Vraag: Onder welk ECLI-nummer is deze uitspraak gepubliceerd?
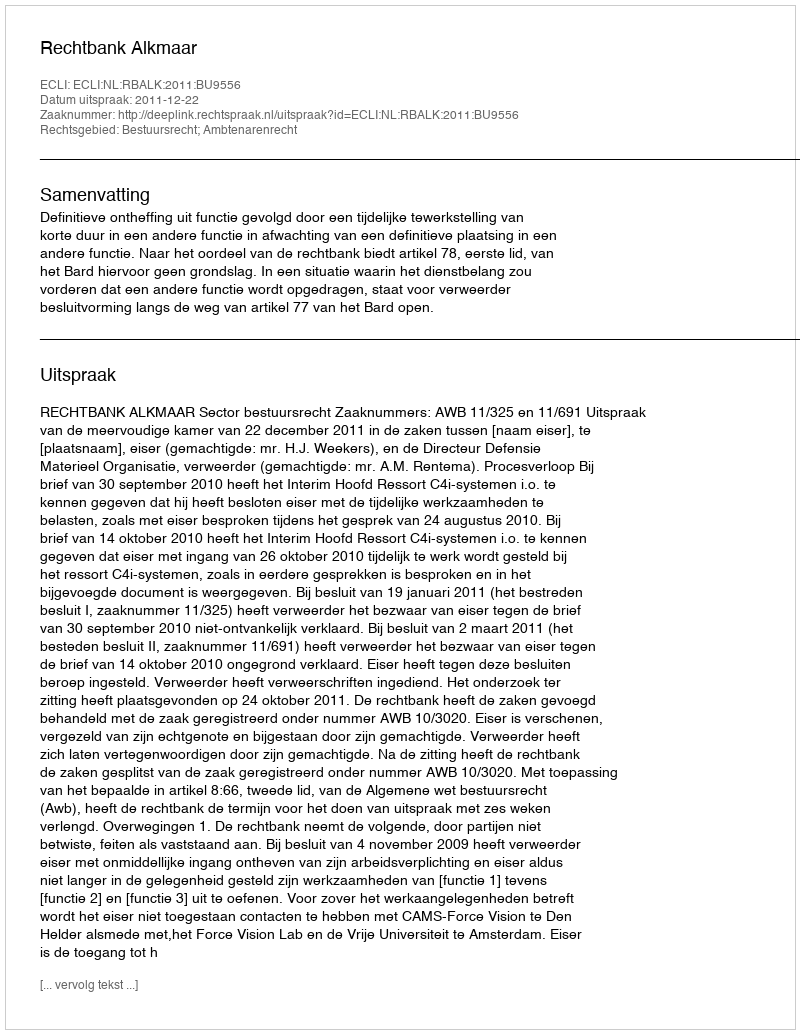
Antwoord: ECLI:NL:RBALK:2011:BU9556